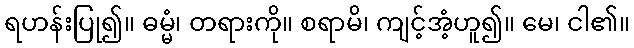
ရဟန်းပြု၍။ ဓမ္မံ၊ တရားကို။ စရာမိ၊ ကျင့်အံ့ဟူ၍။ မေ၊ ငါ၏။